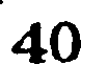
40